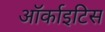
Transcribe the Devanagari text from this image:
ऑर्काइटिस